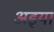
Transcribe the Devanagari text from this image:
अइया